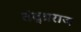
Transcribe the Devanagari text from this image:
तंद्त्रराज